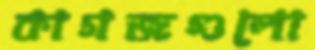
কাগজগুলো